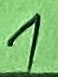
Text: 1